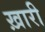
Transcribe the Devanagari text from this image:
ख़ारी